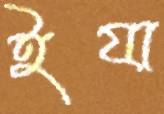
ইযা